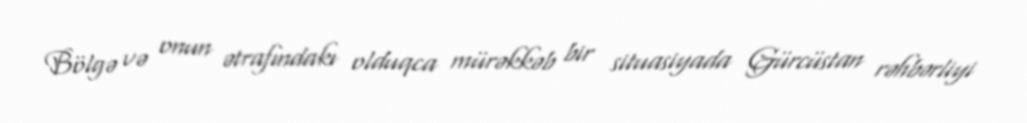
Bölgə və onun ətrafındakı olduqca mürəkkəb bir situasiyada Gürcüstan rəhbərliyi